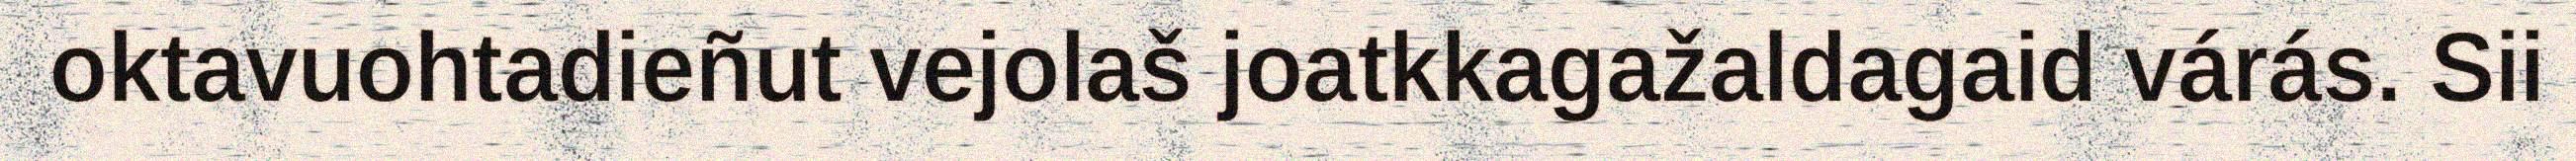
oktavuohtadieñut vejolaš joatkkagažaldagaid várás. Sii